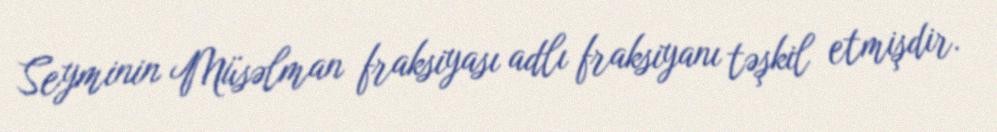
Seyminin Müsəlman fraksiyası adlı fraksiyanı təşkil etmişdir.